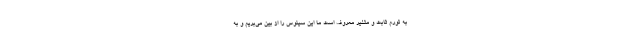
به تورم ثابت و متغیر معروف است ما این سینوس را از بین می‌بریم و به